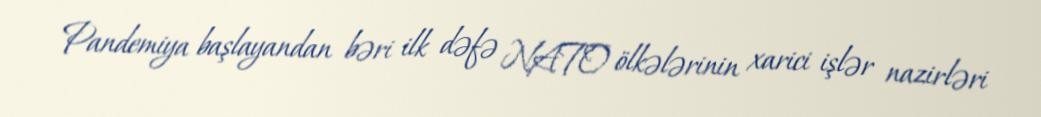
Pandemiya başlayandan bəri ilk dəfə NATO ölkələrinin xarici işlər nazirləri